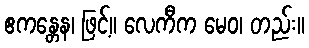
ဧကန္တေန၊ ဖြင့်။ လေကီက မေဝ၊ တည်း။